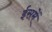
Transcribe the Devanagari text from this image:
ईसमें